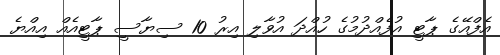
އެފްއޭގެ ޕާޓީ އުފެއްދުމުގެ ހުއްދަ އުވާލި އިރު 10 ސިޔާސީ ޕާޓީއެއް އިއްޔެ